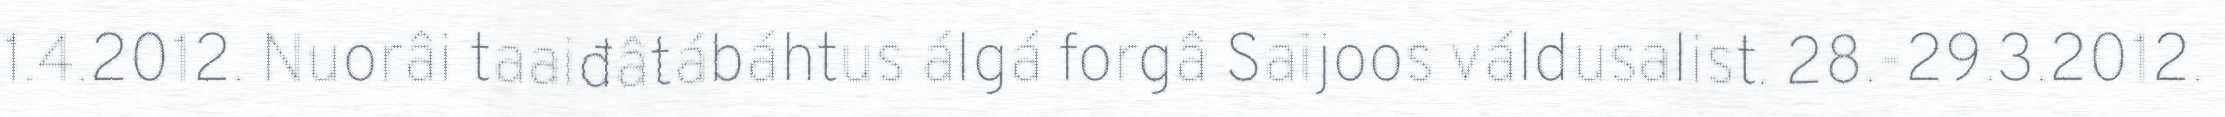
1.4.2012. Nuorâi taaiđâtábáhtus álgá forgâ Saijoos váldusalist. 28.-29.3.2012.